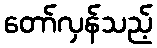
တော်လှန်သည့်